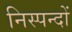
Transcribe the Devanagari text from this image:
निस्पन्दों